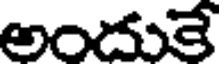
అందుకే